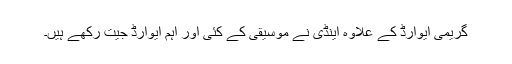
گریمی ایوارڈ کے علاوہ اینڈی نے موسیقی کے کئی اور اہم ایوارڈ جیت رکھے ہیں۔